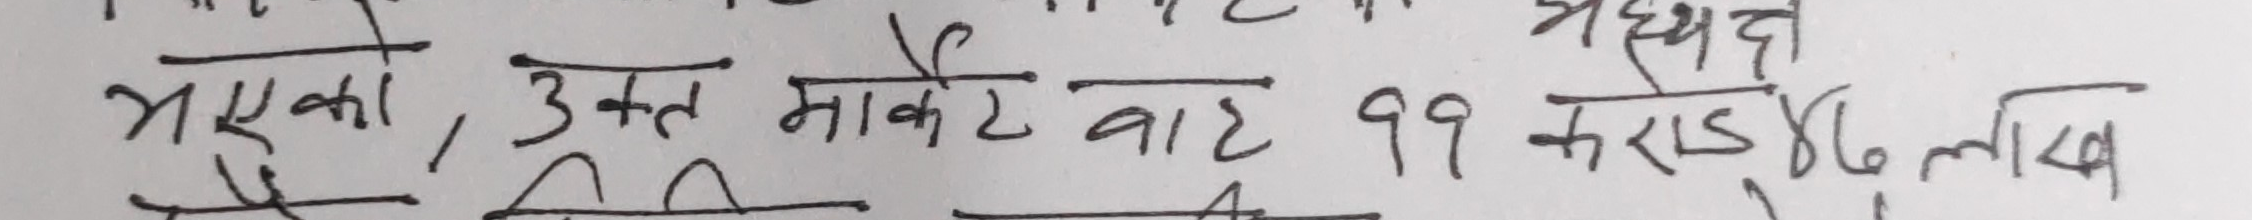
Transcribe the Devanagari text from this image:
भएको, उक्त मार्केट बाट ११ करोड ८० लाख